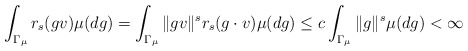
\begin{align*}\int_{\Gamma_{\mu}} r_s(gv) \mu(dg) = \int_{\Gamma_{\mu}} \|gv\|^s r_s(g \cdot v) \mu(dg)\leq c \int_{\Gamma_{\mu}} \|g\|^s \mu(dg) < \infty \end{align*}